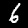
Label: 6